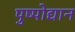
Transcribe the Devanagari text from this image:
पुष्पोद्यान